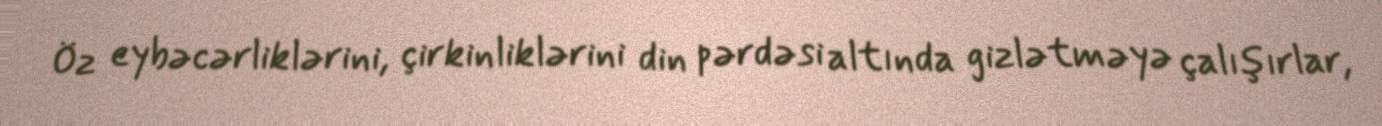
Öz eybəcərliklərini, çirkinliklərini din pərdəsi altında gizlətməyə çalışırlar,